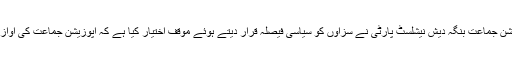
دوسری جانب اپوزیشن جماعت بنگہ دیش نیشلسٹ پارٹی نے سزاؤں کو سیاسی فیصلہ قرار دیتے ہوئے موقف اختیار کیا ہے کہ اپوزیشن جماعت کی آواز کو دبایا جا رہا ہے۔